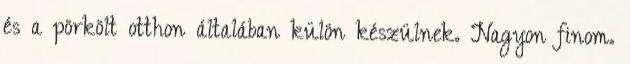
és a pörkölt otthon általában külön készülnek. Nagyon finom.